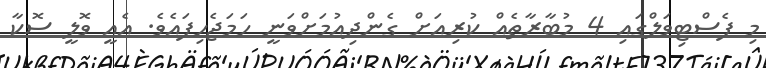
މި ފެސްޓިވަލްގައި 4 މުބާރާތެއް ކުރިއަށް ގެންދިއުމަށްވަނީ ހަމަޖެހިފައެވެ. އެއީ ވޮލީ ސޮކާ